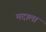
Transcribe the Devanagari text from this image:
मदाला